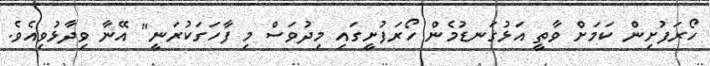
ހޯރަފުށިން ކަމަށް ވާތީ އަޅުގަނޑުމެން ހޯރަފުށީގައި މިދުވަސް މި ފާހަގަކުރަނީ" އޭނާ ވިދާޅުވިއެވެ.